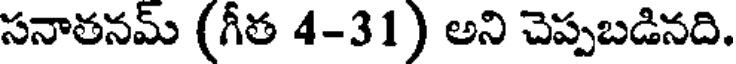
సనాతనమ్ (గీత 4-31) అని చెప్పబడినది.